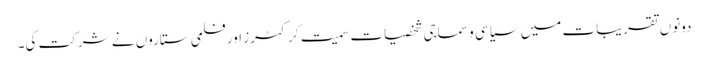
دونوں تقریبات میں سیاسی و سماجی شخصیات سمیت کرکٹرز اور فلمی ستاروں نے شرکت کی۔